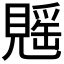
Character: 𧡷